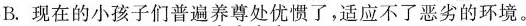
B。现在的小孩子们普遍\underset{·}{养}\underset{·}{尊}\underset{·}{处}\underset{·}{优}惯了，适应不了恶劣的环境。